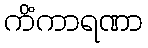
ကိံကာရဏာ